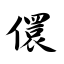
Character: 儇